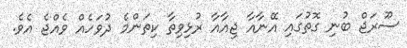
ސޫރަޖް ބުނި ގޮތުގައި އޭނާއާ ޖިއާއާ ރުޅިވިތާ ކިތަންމެ ދުވަހެއް ވެއްޖެ އެވެ.